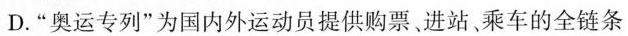
D.“奥运专列”为国内外运动员提供购票进站、乘车的全链条